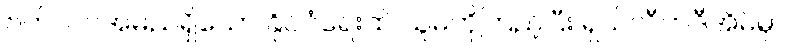
ဗက်လင်အမည်ရှိသော နိုင်ငံရေးထဲ သူမကိုကြည့်ပြီး ရှယ်လီကဒီအိမ်မှာ